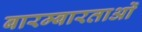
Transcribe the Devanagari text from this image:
बारम्बारताओं